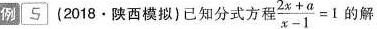
例5 (2018·陕西模拟)已知分式方程 $$\frac { 2x + a } { x - 1 } = 1$$ 的解